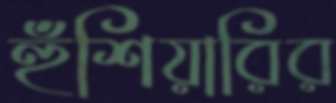
হুঁশিয়ারির